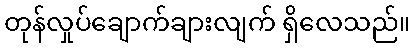
တုန်လှုပ်ချောက်ချားလျက် ရှိလေသည်။